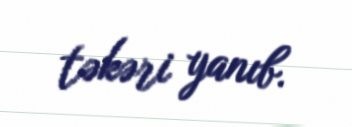
təkəri yanıb.